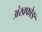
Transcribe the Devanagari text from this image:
अंखफोङ